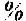
%